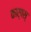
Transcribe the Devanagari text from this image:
कार्पस्